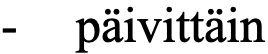
- päivittäin